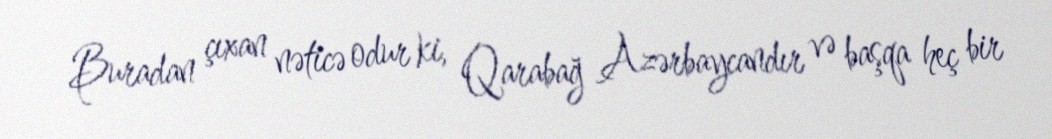
Buradan çıxan nəticə odur ki, Qarabağ Azərbaycandır və başqa heç bir